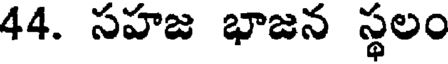
44. సహజ భాజన స్థలం